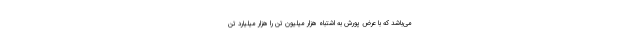
می‌باشد که با عرض پورش به اشتباه هزار میلیون تن را هزار میلیارد تن